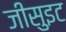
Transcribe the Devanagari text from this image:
जीसुइट